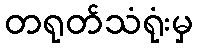
တရုတ်သံရုံးမှ